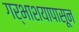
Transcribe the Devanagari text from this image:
गर्भाशयापासून